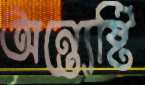
অন্ত্যেষ্টি